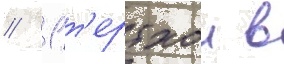
// 1 т'ертхои в